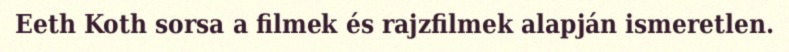
Eeth Koth sorsa a filmek és rajzfilmek alapján ismeretlen.